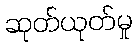
ဆုတ်ယုတ်မှု